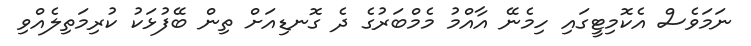
ނަމަވެސް އެކޮމިޓީގައި ހިމެނޭ އާއްމު މެމްބަރުގެ ދެ ގޮނޑިއަށް ތިން ބޭފުޅަކު ކުރިމަތިލެއްވި